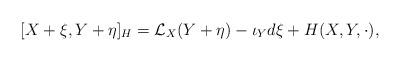
LaTeX: \begin{align*} [ X+\xi , Y + \eta ]_H = \mathcal{L}_X(Y+\eta ) -\iota_Yd\xi + H(X,Y,\cdot ),\end{align*}